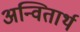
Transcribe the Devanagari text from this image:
अन्वितार्थ